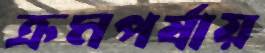
ক্রমপর্যায়